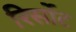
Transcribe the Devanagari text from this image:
रिर्सोट